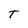
Character: T